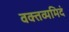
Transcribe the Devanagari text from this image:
वक्तव्यमिदं